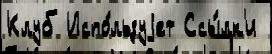
Клуб Испо́льзуjет Ссы́лк'и